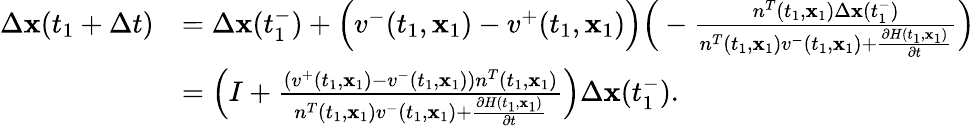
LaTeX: \begin{array}{rl}{\Delta\textbf{x}(t_{1}+\Delta t)}&{=\Delta\textbf{x}(t_{1}^{-})+\Big(v^{-}(t_{1},\textbf{x}_{1})-v^{+}(t_{1},\textbf{x}_{1})\Big)\Big(-\frac{n^{T}(t_{1},\textbf{x}_{1})\Delta\textbf{x}(t_{1}^{-})}{n^{T}(t_{1},\textbf{x}_{1})v^{-}(t_{1},\textbf{x}_{1})+\frac{\partial H(t_{1},\textbf{x}_{1})}{\partial t}}\Big)}\\ &{=\Big(I+\frac{(v^{+}(t_{1},\textbf{x}_{1})-v^{-}(t_{1},\textbf{x}_{1}))n^{T}(t_{1},\textbf{x}_{1})}{n^{T}(t_{1},\textbf{x}_{1})v^{-}(t_{1},\textbf{x}_{1})+\frac{\partial H(t_{1},\textbf{x}_{1})}{\partial t}}\Big)\Delta\textbf{x}(t_{1}^{-}).}\end{array}